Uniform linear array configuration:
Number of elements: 12
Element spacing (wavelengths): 0.25
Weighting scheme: exponential
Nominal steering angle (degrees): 30
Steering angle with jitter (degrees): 29.145
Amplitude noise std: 0.05
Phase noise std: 0.05

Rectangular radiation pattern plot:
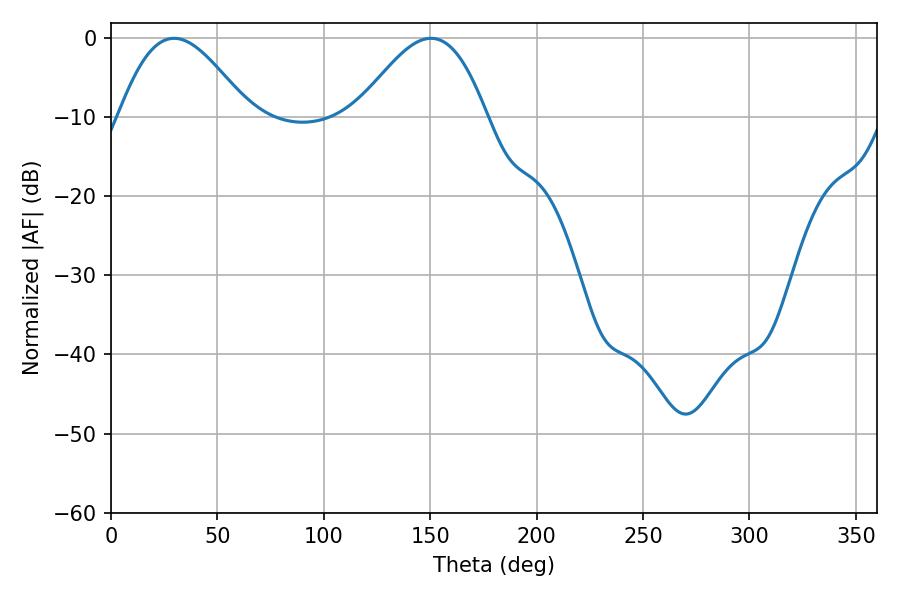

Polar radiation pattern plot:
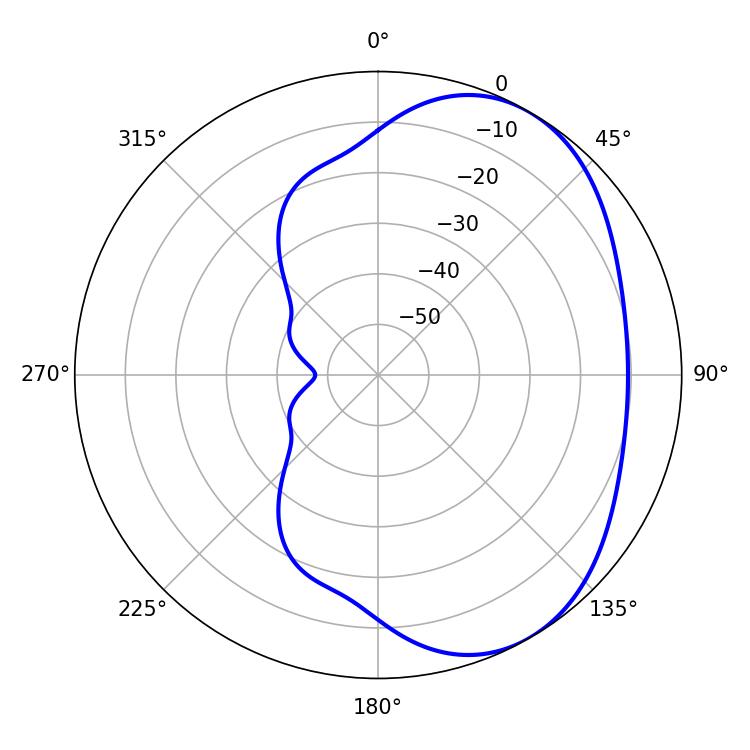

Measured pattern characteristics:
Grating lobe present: FALSE
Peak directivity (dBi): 4.424
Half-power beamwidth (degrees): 32.76
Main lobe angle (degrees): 29.7